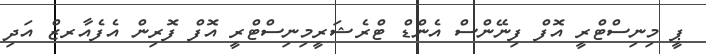
ޕީ މިނިސްޓްރީ އޮފް ފިނޭންސް އެންޑް ޓްރެޝަރީމިނިސްޓްރީ އޮފް ފޮރިން އެފެއާރޒް އަދި